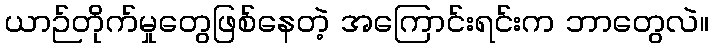
ယာဉ်တိုက်မှုတွေဖြစ်နေတဲ့ အကြောင်းရင်းက ဘာတွေလဲ။